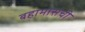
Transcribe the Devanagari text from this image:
बहामासची